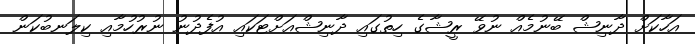
އަހާކަށް ދާނިޝް ބޭނުމެއް ނުވޭ ރީޝާގެ ހިތުގައި ދާނިޝްއަށްޓަކައި އުފެދުނު ނުރުހުމާއި ކިލަނބުކަން